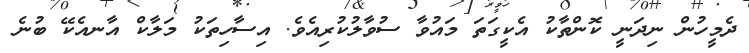
ދެމީހުން ނިދަނީ ކޮންތާކު އެކީގަތަ މައުވާ ސުވާލުކުރިއެވެ. އިސާހިތަކު މަލާކް އާނއެކޭ ބުނެ